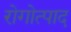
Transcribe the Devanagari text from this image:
रोगोत्पाद